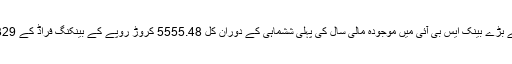
نئی دہلی : ملک کے سب سے بڑے بینک ایس بی آئی میں موجودہ مالی سال کی پہلی ششماہی کے دوران کل 5555.48 کروڑ روپے کے بینکنگ فراڈ کے 1329 معاملے سامنے آئے ہیں۔